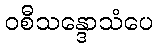
ဝစီသန္ဒောသံပေ